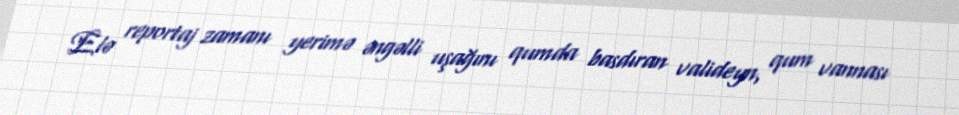
Elə reportaj zamanı yerimə əngəlli uşağını qumda basdıran valideyn, qum vannası